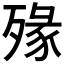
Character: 𣨶